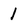
Character: 1